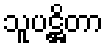
သူပဋ္ဌိတာ